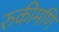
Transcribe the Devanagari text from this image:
रुकीमणि